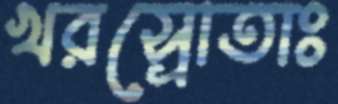
খরস্রোতাঃ